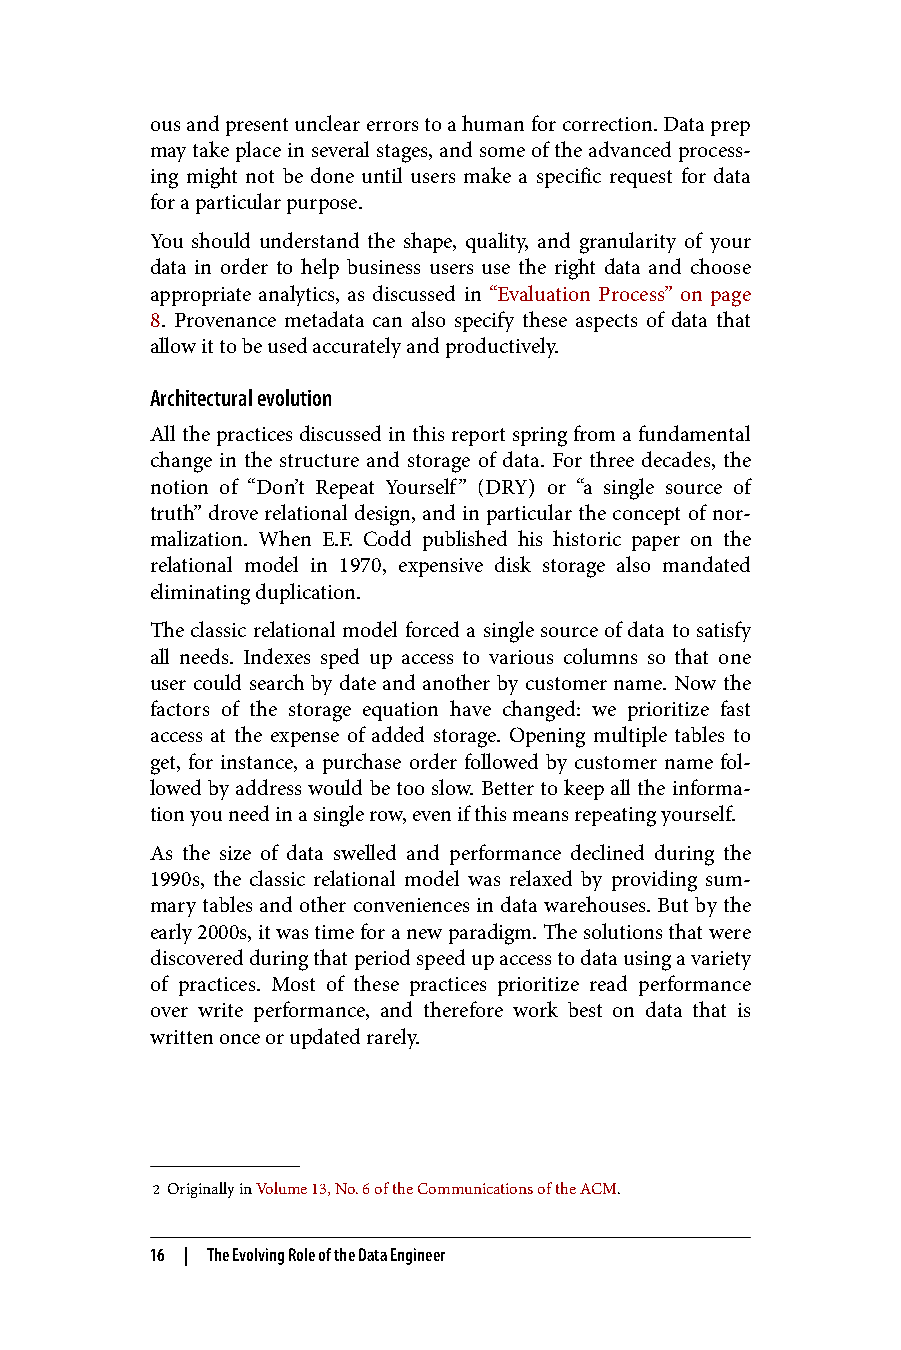
ous and present unclear errors to a human for correction. Data prep
 may take place in several stages, and some of the advanced process‐
 ing might not be done until users make a specific request for data
 for a particular purpose.
 You should understand the shape, quality, and granularity of your
 data in order to help business users use the right data and choose
 appropriate analytics, as discussed in “Evaluation Process” on page
 8. Provenance metadata can also specify these aspects of data that
 allow it to be used accurately and productively.
 Architectural evolution
 All the practices discussed in this report spring from a fundamental
 change in the structure and storage of data. For three decades, the
 notion of “Don’t Repeat Yourself” (DRY) or “a single source of
 truth” drove relational design, and in particular the concept of nor‐
 malization. When E.F. Codd published his historic paper on the
 relational model in 1970, expensive disk storage also mandated
 eliminating duplication.
 The classic relational model forced a single source of data to satisfy
 all needs. Indexes sped up access to various columns so that one
 user could search by date and another by customer name. Now the
 factors of the storage equation have changed: we prioritize fast
 access at the expense of added storage. Opening multiple tables to
 get, for instance, a purchase order followed by customer name fol‐
 lowed by address would be too slow. Better to keep all the informa‐
 tion you need in a single row, even if this means repeating yourself.
 As the size of data swelled and performance declined during the
 1990s, the classic relational model was relaxed by providing sum‐
 mary tables and other conveniences in data warehouses. But by the
 early 2000s, it was time for a new paradigm. The solutions that were
 discovered during that period speed up access to data using a variety
 of practices. Most of these practices prioritize read performance
 over write performance, and therefore work best on data that is
 written once or updated rarely.
 2 Originally in Volume 13, No. 6 of the Communications of the ACM.
 16 | The Evolving Role of the Data Engineer